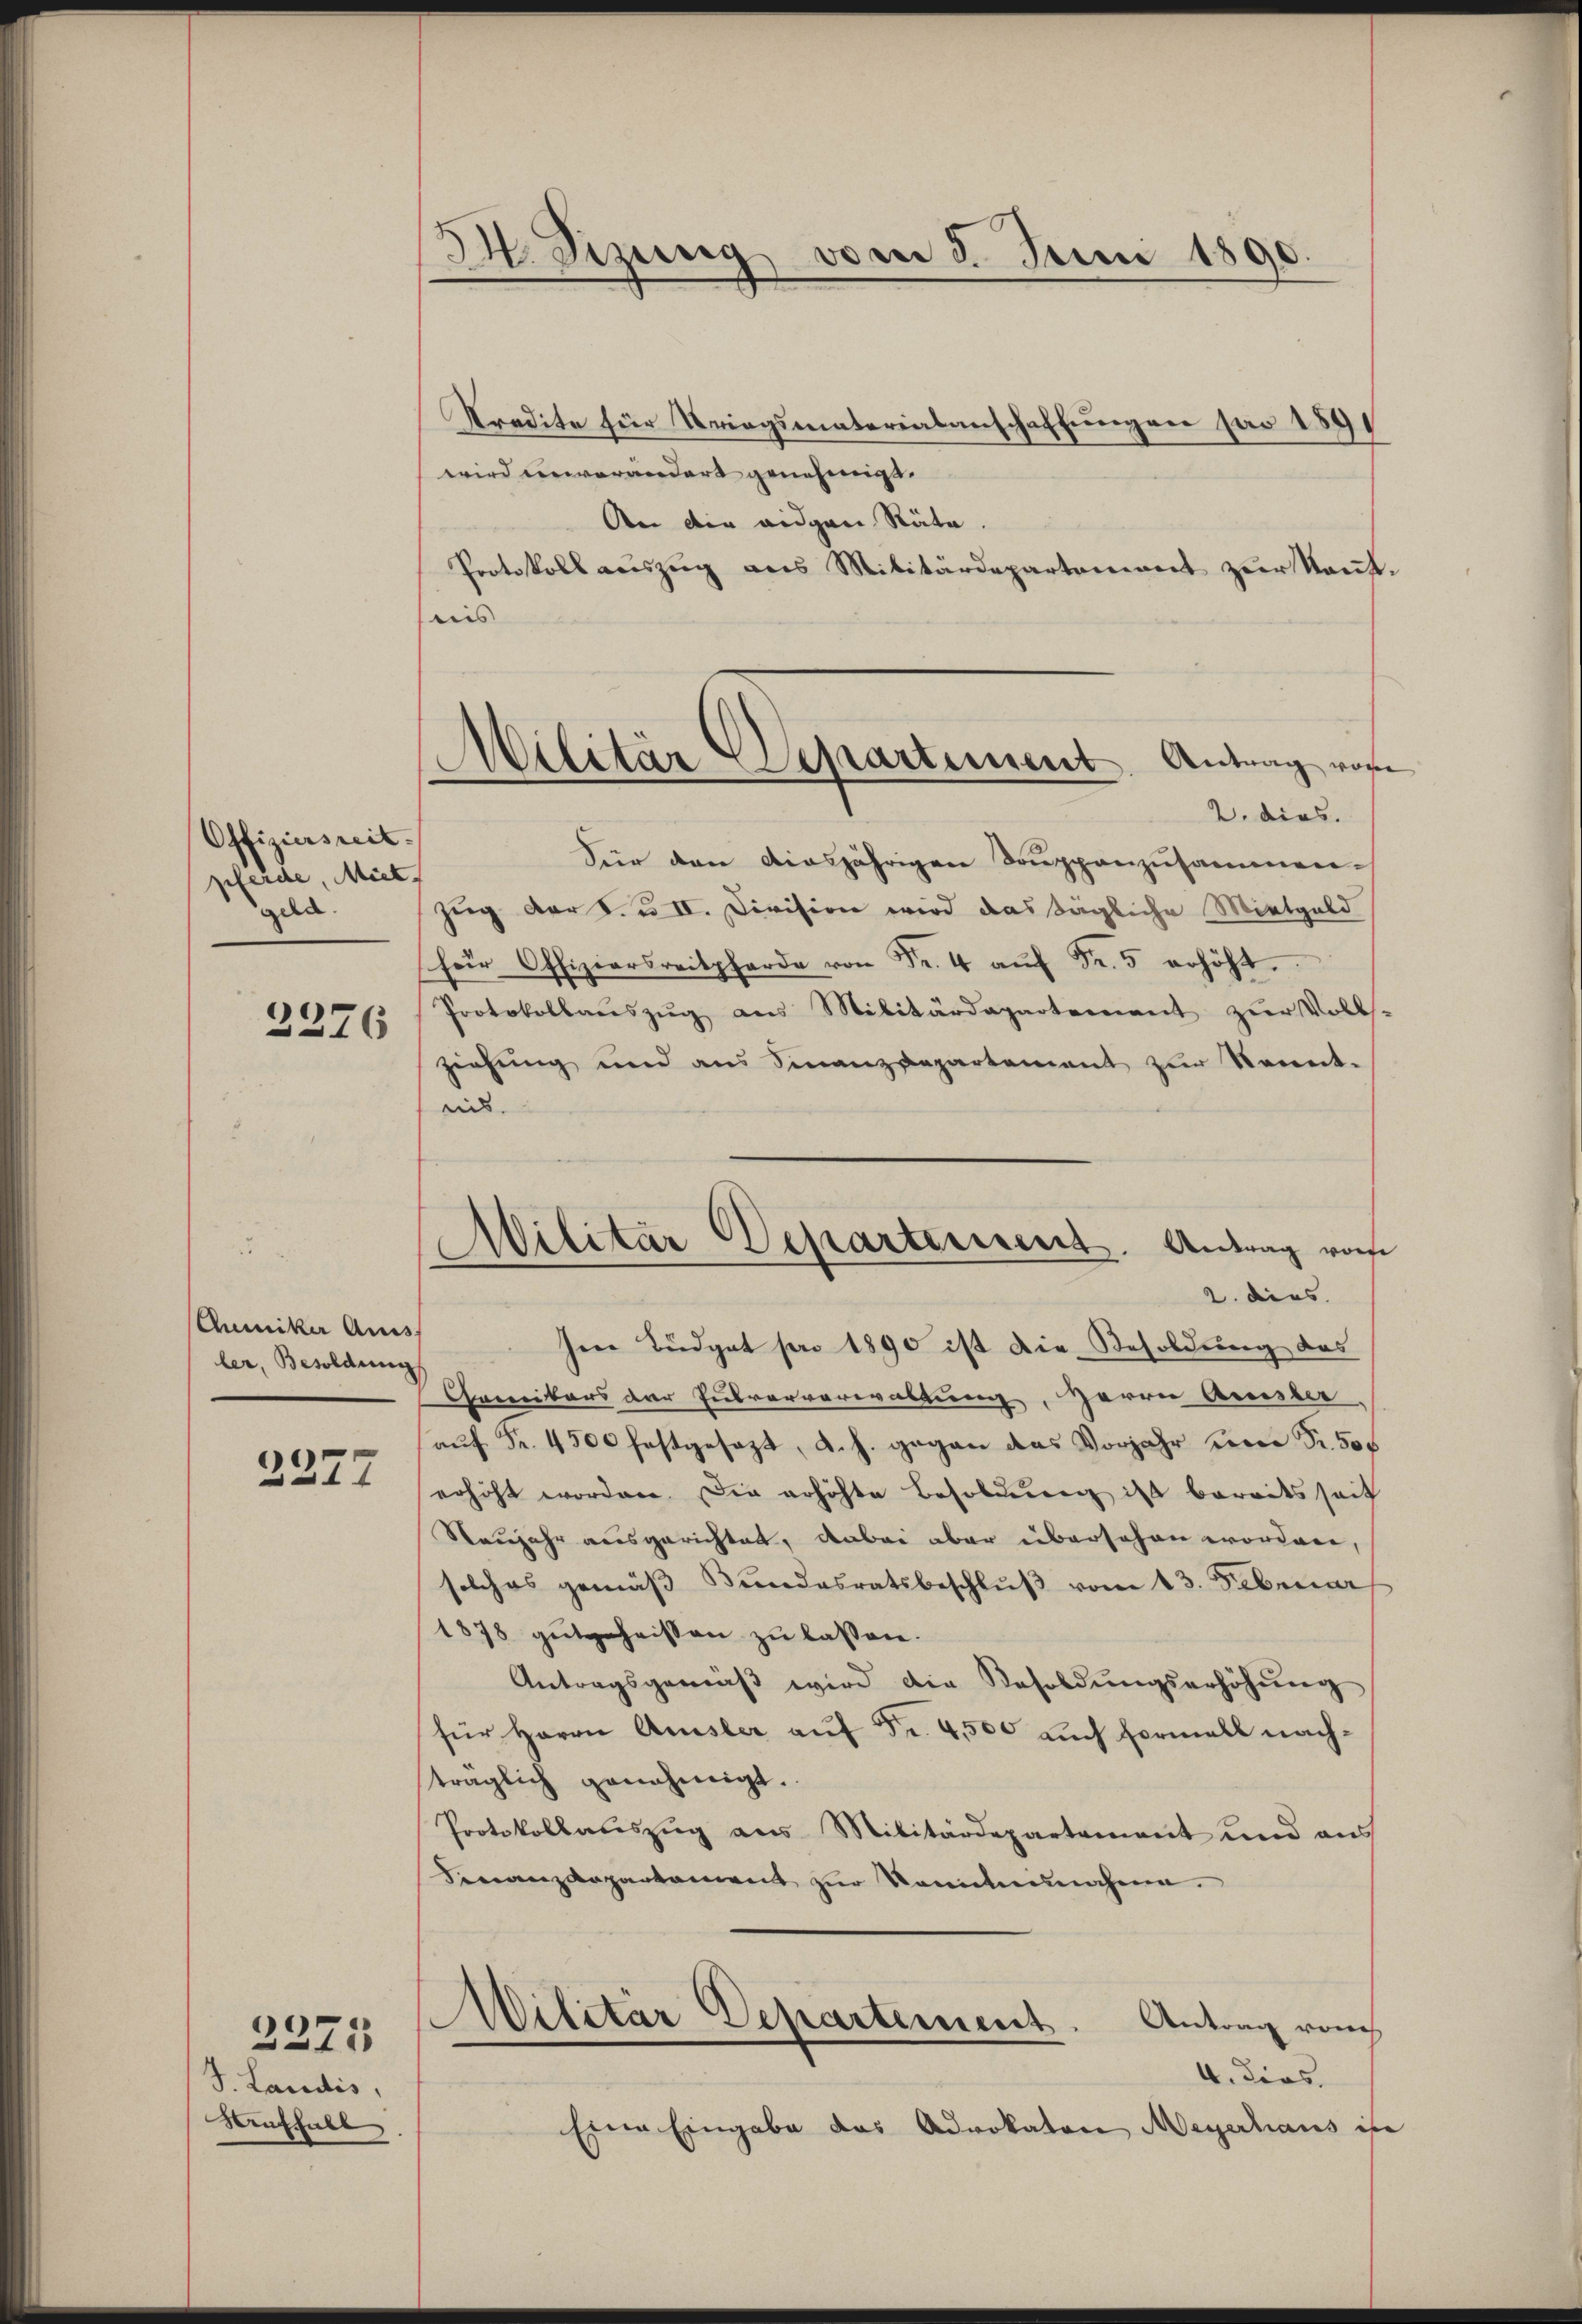
Offiziersreit.
pferde, Miet
geld.
2276

Chemiker Auss
ler, Besoldung

2277

J. Landis,
Auffall

2275

3. Sizung vom 3. Juni 1890.

d
Atilitär-Separtement Antrag vor

Militar Departeinsent. Antrag von
2. dies

Kredite für Kriegsmaterialanschaffungen sar 1891
wird unverändert genehmigt.
An die eidgen Räte.
Protokoll auszug aus Militärdepartement zur Kant
leis
2. dies.
Für den diesjährigen Douppenzusammen-
zug der S. u. II. Division wird das tägliche Mietgeld
Offizierseite 4 Fr. erhöht.
Protokollaŭszŭg ans Militärdepartement zŭr Volls-
ziehung und aus Finanzdepartement zur Sonet-
ich.
Ien Budget pro 1890 ist die Besoldung des
Ganitors der Huberverwaltung, Herrn Amster
a Fr. 4500 festgesezt, d. h. gegen das Vorjahr seine Fr. 500
erhöht worden. Die erhöhte Besoldung ist bereitsseit
Neujahr ausgerichtet, dabei aber übersehen worden,
solches gemäβ Bŭndesratsbeschlŭβ vom 13. Februar
1878 gutgeheissen zu lassen.
Antragsgemäβ wird die Besoldŭngserhöhŭng
für Herrn Amsler auf Fr. 4,500 auch Formell nachträglich genehmigt.
Protokollauszug aus Militärdepartement und aus
Finanzdepartament zur Sonntennahen.
Wilitär Departement
Antrag von
4. dies
Eine Eingabe das Advokaton Meyertaus ist